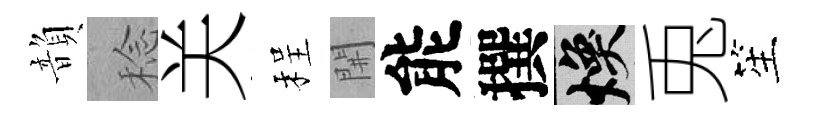
韻稔关程𨳩能撰焕兎笙